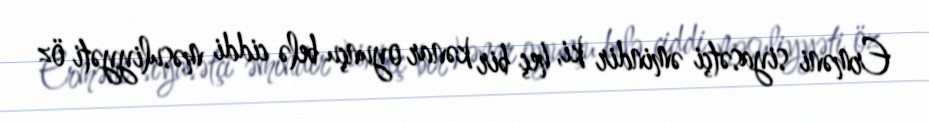
Erməni siyasətçi əmindir ki, heç bir kənar oyunçu belə ciddi məsuliyyəti öz